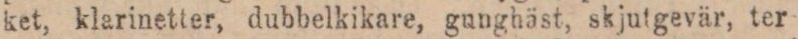
ket, klarinetter, dubbelkikare, gunghäst, skjutgevär, ter